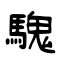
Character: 騩